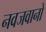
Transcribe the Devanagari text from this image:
नवजवानों